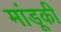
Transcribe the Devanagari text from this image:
मांडूकी